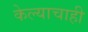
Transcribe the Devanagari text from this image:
केल्याचाही